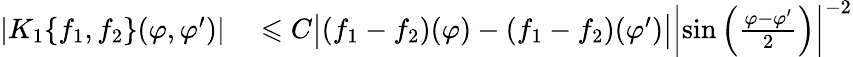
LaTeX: \begin{array}{rl}{|K_{1}\{ f_{1},f_{2}\} (\varphi,\varphi^{\prime})|}&{{}\leqslant C\big|(f_{1}-f_{2})(\varphi)-(f_{1}-f_{2})(\varphi^{\prime})\big|\left|\sin\left(\frac{\varphi-\varphi^{\prime}}{2}\right)\right|^{-2}}\end{array}